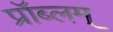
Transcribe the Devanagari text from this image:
प्रॉब्लम्